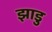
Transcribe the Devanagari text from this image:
झाडु